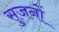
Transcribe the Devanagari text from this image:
सुजनों